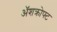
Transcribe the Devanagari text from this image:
ॲशक्रोफ्ट